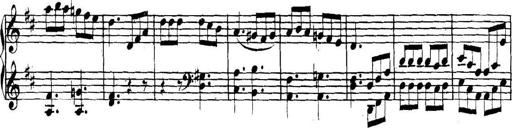
Title: Collected Piano Sonatas
Composer: Muzio Clementi